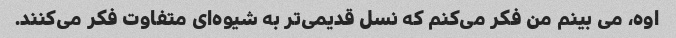
اوه، می بینم من فکر می‌کنم که نسل قدیمی‌تر به شیوه‌ای متفاوت فکر می‌کنند.